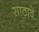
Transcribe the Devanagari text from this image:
साठावे